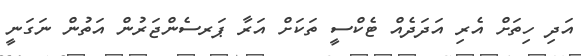
އަދި ހިތަށް އެރި އަދަދެއް ޓެކްސީ ތަކަށް އަރާ ޕަރސެންޖަރުން އަތުން ނަގަނީ